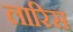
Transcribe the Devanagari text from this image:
लारिस